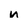
Character: n